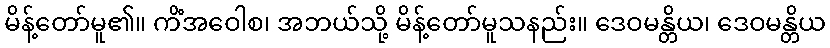
မိန့်တော်မူ၏။ ကိံအဝေါစ၊ အဘယ်သို့ မိန့်တော်မူသနည်း။ ဒေဝမန္တိယ၊ ဒေဝမန္တိယ